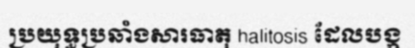
ប្រយុទ្ធប្រឆាំងសារធាតុ halitosis ដែលបង្ក